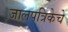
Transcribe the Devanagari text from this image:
जालपत्रिकेचे